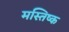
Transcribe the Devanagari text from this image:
मस्‍तिष्‍क